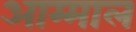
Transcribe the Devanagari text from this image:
आम्माल